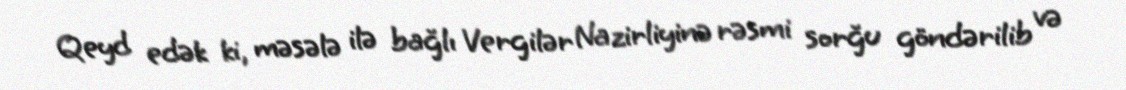
Qeyd edək ki, məsələ ilə bağlı Vergilər Nazirliyinə rəsmi sorğu göndərilib və